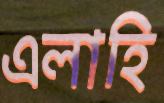
এলাহি